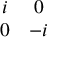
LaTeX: \begin{array} { c c } { { i } } & { { 0 } } \\ { { 0 } } & { { - i } } \end{array}